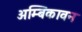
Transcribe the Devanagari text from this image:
अम्बिकावन